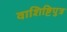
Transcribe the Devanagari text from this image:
वाशिष्टिपुत्र